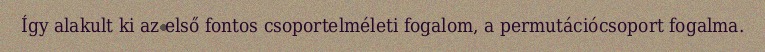
Így alakult ki az első fontos csoportelméleti fogalom, a permutációcsoport fogalma.